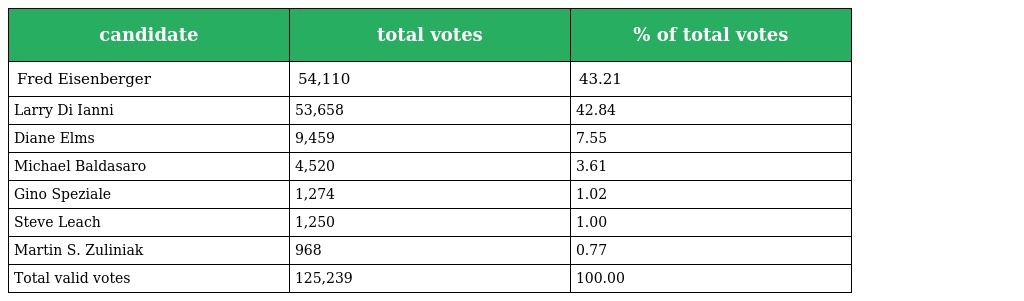
| candidate | total votes | % of total votes |
 | --- | --- | --- |
 | Fred Eisenberger | 54,110 | 43.21 |
 | Larry Di Ianni | 53,658 | 42.84 |
 | Diane Elms | 9,459 | 7.55 |
 | Michael Baldasaro | 4,520 | 3.61 |
 | Gino Speziale | 1,274 | 1.02 |
 | Steve Leach | 1,250 | 1.00 |
 | Martin S. Zuliniak | 968 | 0.77 |
 | Total valid votes | 125,239 | 100.00 |